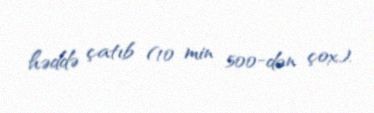
həddə çatıb (10 min 500-dən çox).